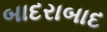
બાદરાબાદ